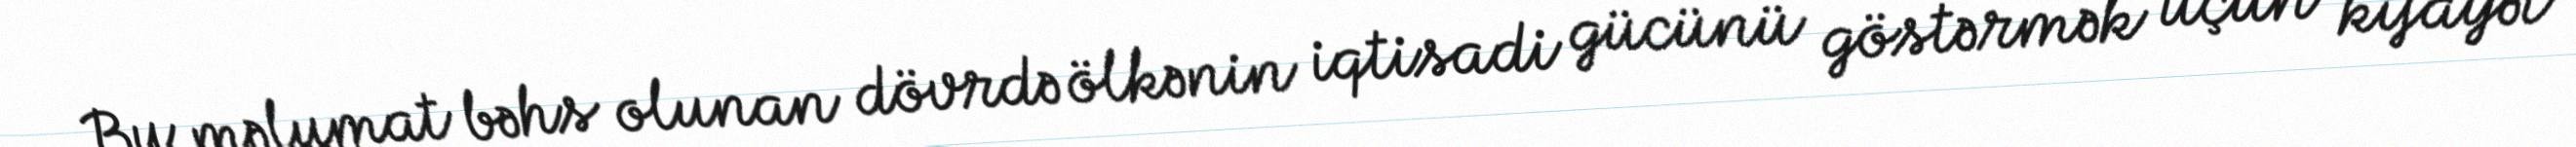
Bu məlumat bəhs olunan dövrdə ölkənin iqtisadi gücünü göstərmək üçün kifayət